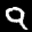
Label: 9